Aleksander_Warma, lk 5
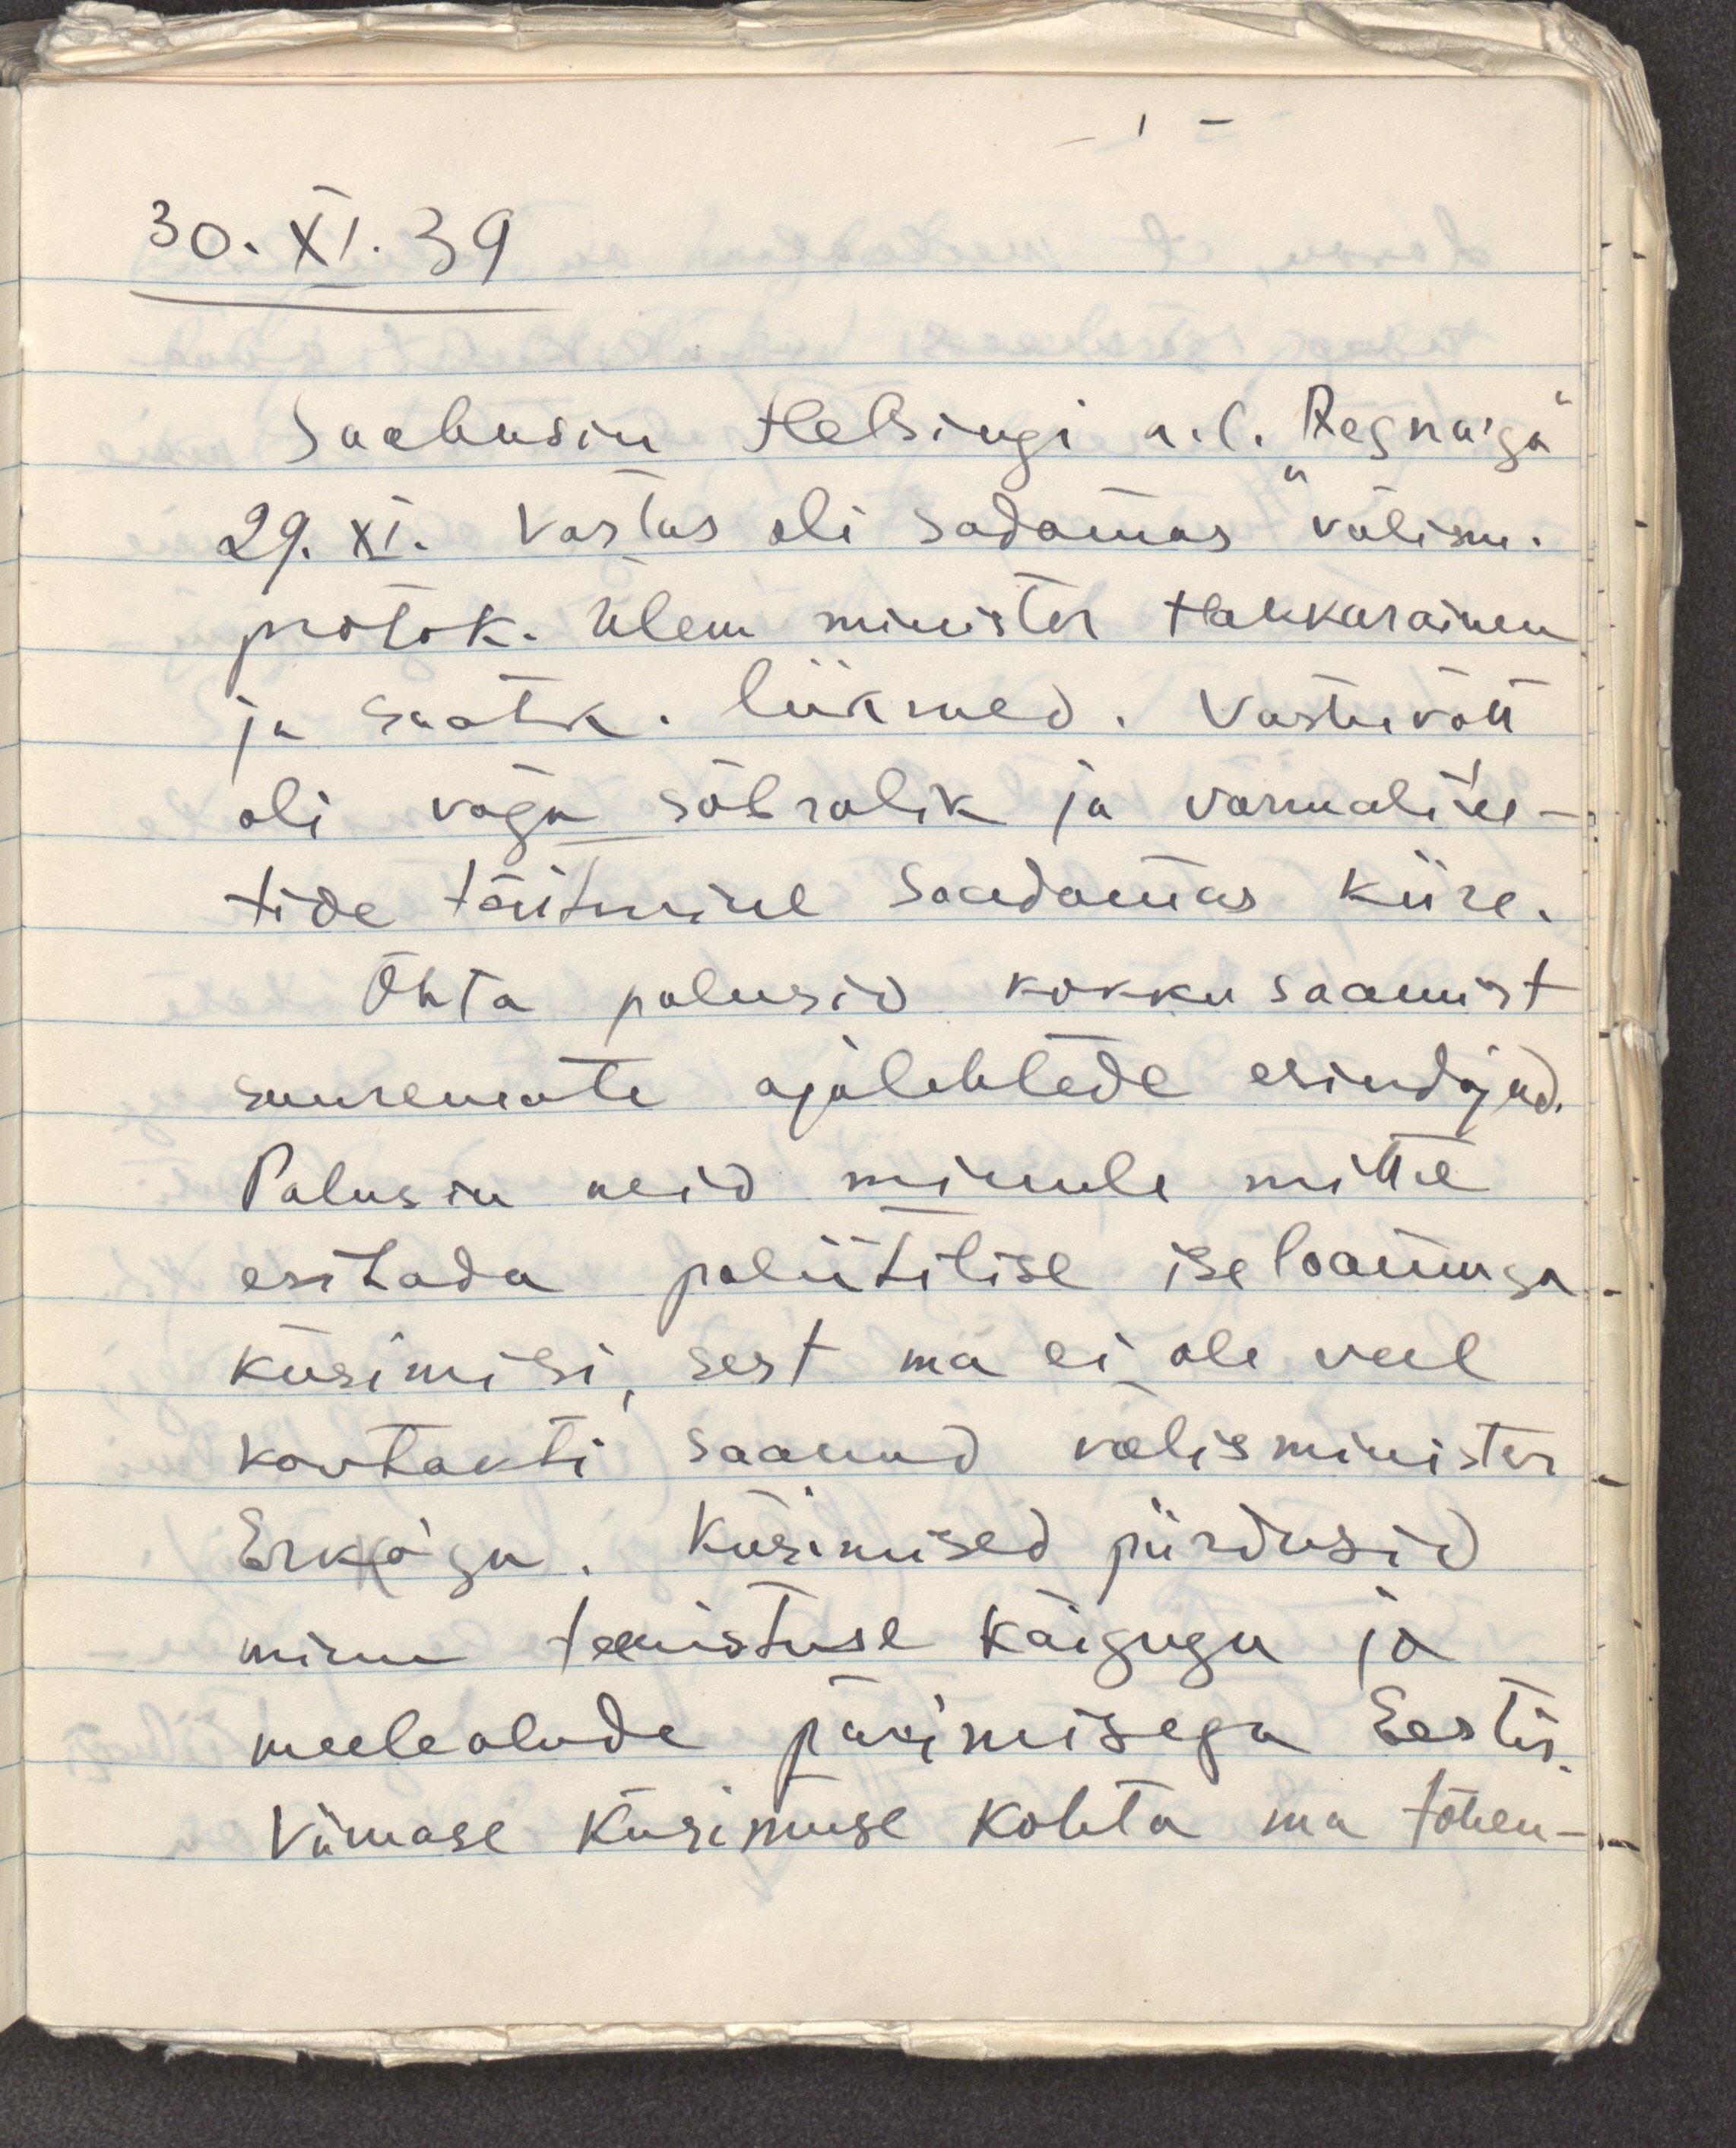
30.XI.39
Saabusin Helsingi a. l. "Aegna'ga"
29.XI. Vastas oli sadamas välism.
protok. ülem minister Hakkarainen
ja saatk. liikmed. Vastuvõtt
oli väga sõbralik ja vormalius-
tide täitmine saadamas kiire.
Õhta palusid kokkusaamist
suuremate ajalehtede esindajad.
Palusin neid minule mitte
esitada poliitilise iseloomuga 
küsimisi, sest ma ei ole veel
kontakti saanud välisminister
Erkko'ga. Küsimised piirdusid 
minu teenistuse käiguga ja 
meeleolude pärimisega Eestis.
Viimase küsimuse kohta ma tähen-